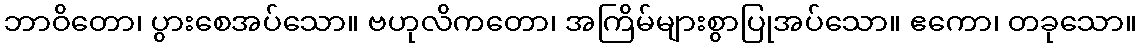
ဘာဝိတော၊ ပွားစေအပ်သော။ ဗဟုလိကတော၊ အကြိမ်များစွာပြုအပ်သော။ ဧကော၊ တခုသော။